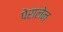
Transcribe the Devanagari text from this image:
पेरालेन